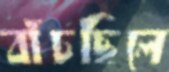
বাঁচছিলে